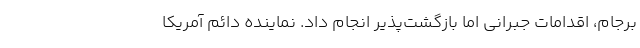
برجام، اقدامات جبرانی اما بازگشت‌پذیر انجام داد. نماینده دائم آمریکا